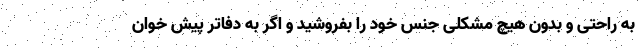
به راحتی و بدون هیچ مشکلی جنس خود را بفروشید و اگر به دفاتر پیش خوان